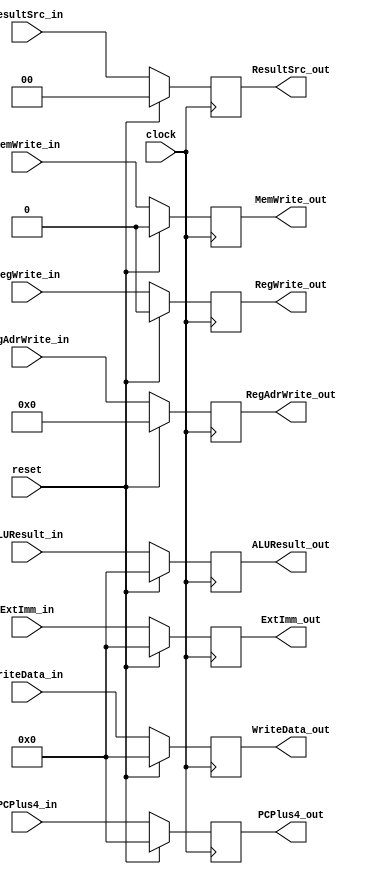
module MemoryReg (
    input clock, reset,

    input RegWrite_in, MemWrite_in,
    input [1:0] ResultSrc_in, 
    input [4:0] RegAdrWrite_in,
    input [31:0] ALUResult_in, WriteData_in, PCPlus4_in, ExtImm_in,


    output reg RegWrite_out, MemWrite_out,
    output reg [1:0] ResultSrc_out, 
    output reg [4:0] RegAdrWrite_out,
    output reg [31:0] ALUResult_out, WriteData_out, PCPlus4_out, ExtImm_out
);
    always @(posedge clock) begin
        if(reset) begin
            RegWrite_out = 1'b0;
            MemWrite_out = 1'b0;
            ResultSrc_out = 2'b0;
            RegAdrWrite_out = 5'b0;
            ALUResult_out = 32'b0;
            WriteData_out = 32'b0;
            PCPlus4_out = 32'b0;
            ExtImm_out = 32'b0;
        end
        else begin
            RegWrite_out = RegWrite_in;
            MemWrite_out = MemWrite_in;
            ResultSrc_out = ResultSrc_in;
            RegAdrWrite_out = RegAdrWrite_in;
            ALUResult_out = ALUResult_in;
            WriteData_out = WriteData_in;
            PCPlus4_out = PCPlus4_in;
            ExtImm_out = ExtImm_in;
        end
    end
endmodule